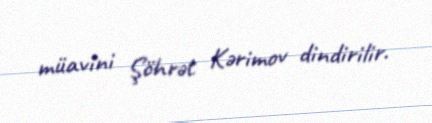
müavini Şöhrət Kərimov dindirilir.